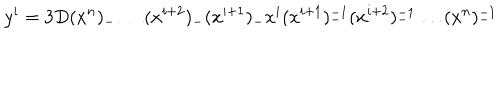
LaTeX: y ^ { i } = 3 D ( x ^ { n } ) _ { - } \ldots ( x ^ { i + 2 } ) _ { - } ( x ^ { i + 1 } ) _ { - } x ^ { i } ( x ^ { i + 1 } ) _ { - } ^ { - 1 } ( x ^ { i + 2 } ) _ { - } ^ { - 1 } \ldots ( x ^ { n } ) _ { - } ^ { - 1 }